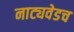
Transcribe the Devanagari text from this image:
नाट्यवेडच